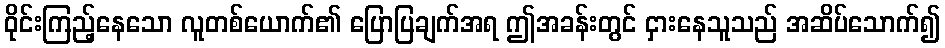
ဝိုင်းကြည့်နေသော လူတစ်ယောက်၏ ပြောပြချက်အရ ဤအခန်းတွင် ငှားနေသူသည် အဆိပ်သောက်၍